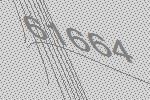
61664